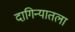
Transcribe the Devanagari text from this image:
दागिन्यातला